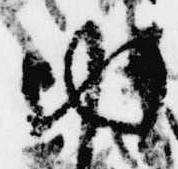
ゆ